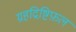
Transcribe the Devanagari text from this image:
ग्रहद्रिष्टिफ़ल